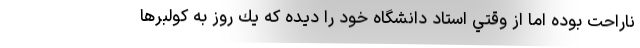
ناراحت بوده اما از وقتي استاد دانشگاه خود را ديده كه يك روز به كولبرها